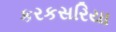
કરકસરિયા